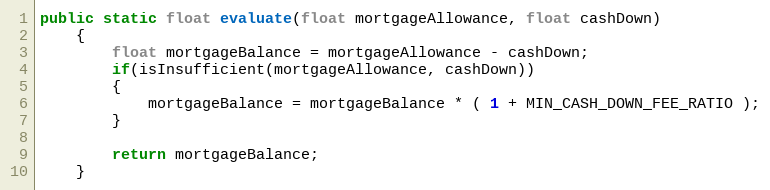
Language: Java
public static float evaluate(float mortgageAllowance, float cashDown)
    {
        float mortgageBalance = mortgageAllowance - cashDown;
        if(isInsufficient(mortgageAllowance, cashDown))
        {
            mortgageBalance = mortgageBalance * ( 1 + MIN_CASH_DOWN_FEE_RATIO );
        }

        return mortgageBalance;
    }